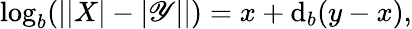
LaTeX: \log_{b}(||X|-|\mathscr{Y}||)=x+\mathrm{d}_{b}(y-x),